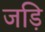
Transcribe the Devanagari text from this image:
जड़ि